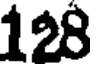
128